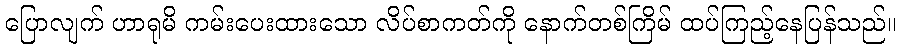
ပြောလျက် ဟာရုမိ ကမ်းပေးထားသော လိပ်စာကတ်ကို နောက်တစ်ကြိမ် ထပ်ကြည့်နေပြန်သည်။